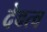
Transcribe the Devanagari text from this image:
देवत्‍व